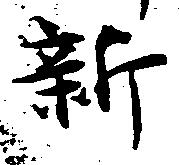
新